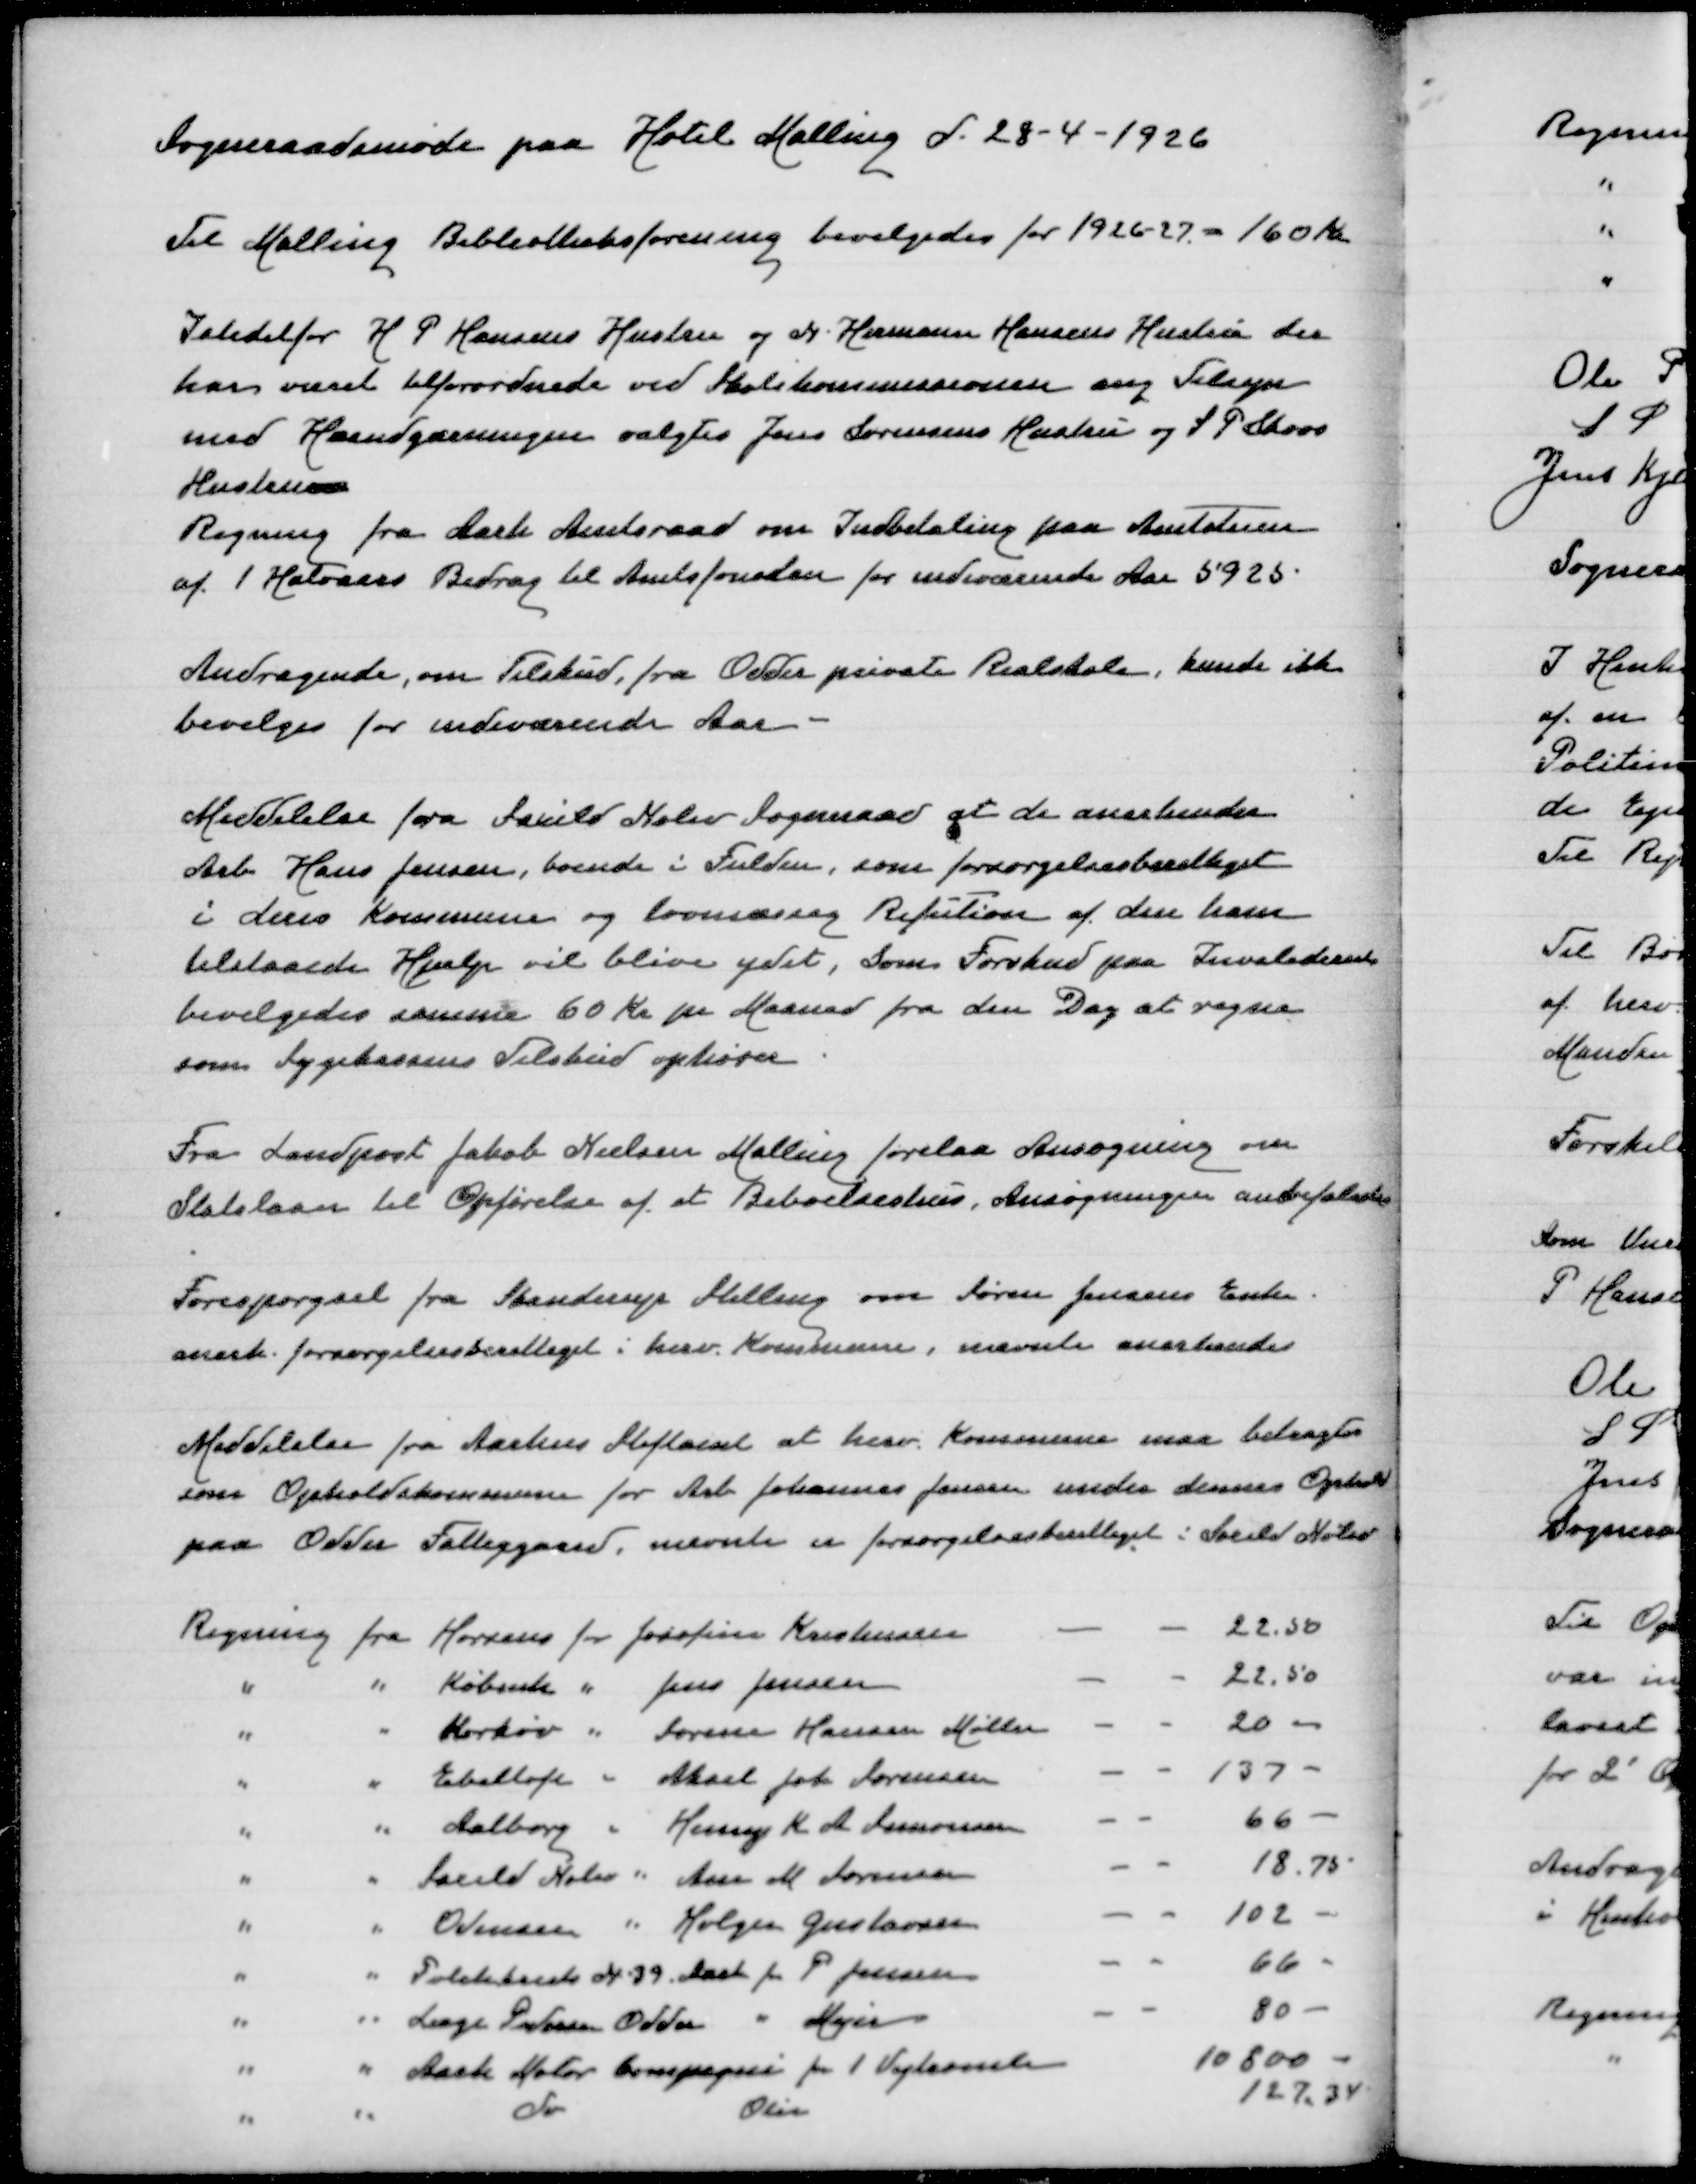
Transskription:
Sogneraadsmøde paa Hotel Malling d 28-4-1926

Til Malling Biblioteksforening bevilgedes for 1926-27 = 160 Kr

I stedetfor H P Hansens Hustru og N Hermann Hansens Hustru der
har været tilforordnede ved Skolekommissionen ang Tilsyn
med Haandgerningen valgtes Jens Sørensens Hustru og S P Skovs
Hustru
Regning fra Aarh Amtsraad om Indbetaling paa Amtstuen
af 1 Halvaars Bidrag til Amtsfonden for indeværende Aar 5925

Andragende om Tilskud, fra Odder private Realskole, kunde ikke
bevilges for indeværende Aar

Meddelelse fra Saxild Nølev Sogneraad at de anerkender
Arb Hans Jensen, boende i Fulden, som forsørgelsesberettiget
i deres Kommune og lovmæssig Refution af den ham
tilstaaede Hjælp vil blive ydet, Som Forskud paa Invaliderente
 bevilgedes samme 60 Kr pr Maaned fra den Dag at regne
som Sygekassens Tilskud ophører

Fra Landpost Jakob Nielsen Malling forelaa Ansøgning om
Statslaan til Opførelse af et Beboelseshus. Ansøgningen anbefaledes

Forespørgsel fra Skanderup Stilling om Søren Jensens Enke
anerk forsørgelsesberettiget i herv Kommune, nævnte anerkendes

Meddelelse fra Aarhus Stiftamt at herv Kommune maa betragtes
som Opholdskommune for Arb Johannes Jensen under dennes Ophold
paa Odder Fattiggaard, nævnte er forsørgelsesberettiget i Saxild Nølev

Regning fra Horsens for Josefine Karstensen
22,50
" " Københ " Jens Jensen
22,50
" " Mørkøv " Søren Hansen Møller
20,00
" " Ebeltoft " Aksel Joh Sørensen
137
" " Aalborg " Henry K A Simonsen
66
" " Saxild Nølev " Aase M Sørensen
18,75
" " Odense " Holger Gustavsen
102
" " Politikreds N 39 Aarh for P Jensen
66
" " Læge Pedersen Odder " Mejer
80
" " Aarh Motor Compagni for 1 Vejtromle
10800
" " do Olie
127,34